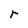
Character: r